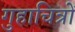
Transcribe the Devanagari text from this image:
गुहाचित्रों